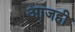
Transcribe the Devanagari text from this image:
अाजही